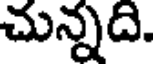
చున్నది.